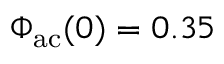
\Phi _ { \mathrm { a c } } ( 0 ) = 0 . 3 5